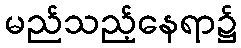
မည်သည့်နေရာ၌